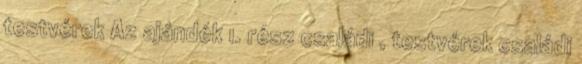
testvérek Az ajándék 1. rész családi , testvérek családi